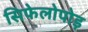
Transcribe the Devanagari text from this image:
सिफेलोपोड़